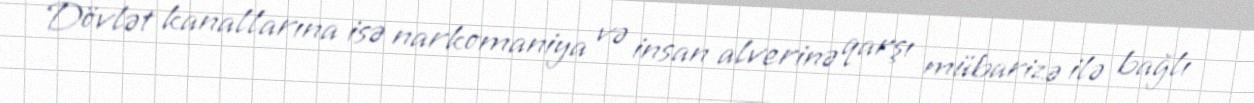
Dövlət kanallarına isə narkomaniya və insan alverinə qarşı mübarizə ilə bağlı